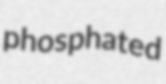
phosphated